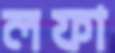
লফা